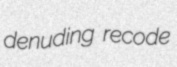
denuding recode